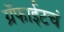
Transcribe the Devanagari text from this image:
ग्रॅफाईटचं